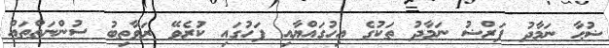
ޟުޙާ ނަމާދު ފަރްޟު ނަމާދު ތަކުގެ އިހުގައްޔާއި ފަހުގައި ކުރެވޭ ރަވާތިބު ސުންނަތްތައް